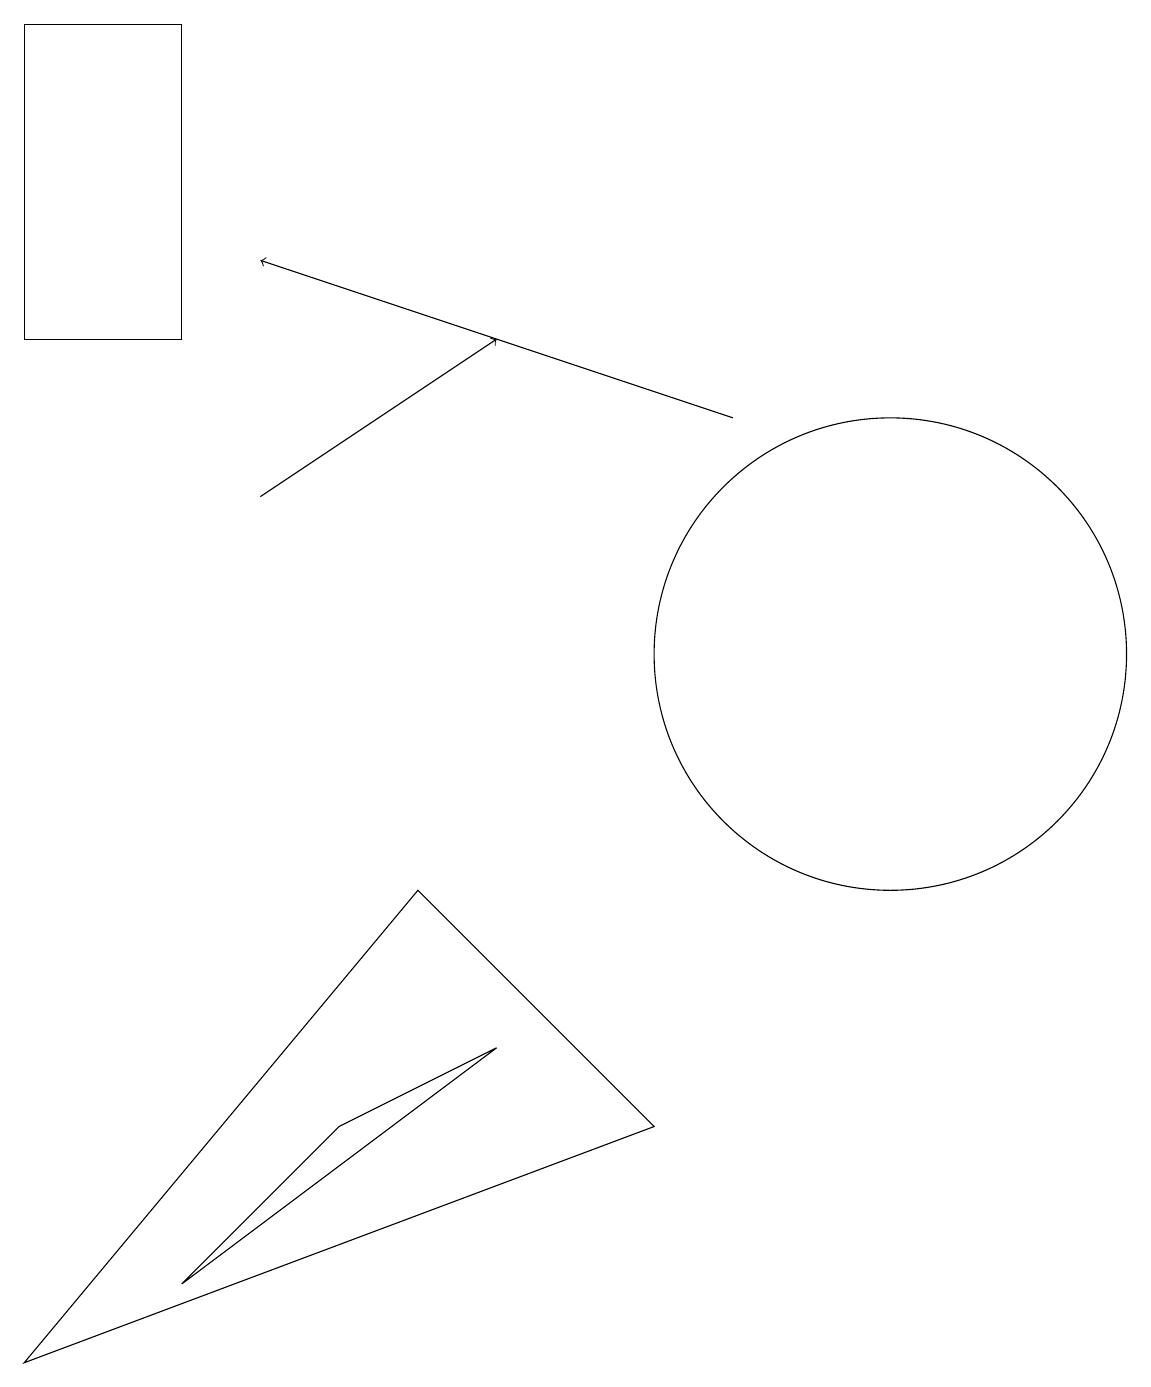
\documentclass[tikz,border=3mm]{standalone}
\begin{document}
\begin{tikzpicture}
\draw (6,6) -- (2,3) -- (4,5) -- cycle;
\draw (0,15) rectangle (2,19);
\draw[->] (3,13) -- (6,15);
\draw (8,5) -- (5,8) -- (0,2) -- cycle;
\draw[->] (9,14) -- (3,16);
\draw (11,11) circle (3);
\draw (11,12) circle (0);
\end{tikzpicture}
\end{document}